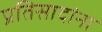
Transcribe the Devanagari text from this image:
प्रतिसादांना